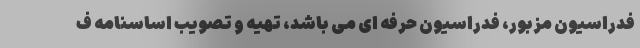
فدراسیون مزبور، فدراسیون حرفه ای می باشد، تهیه و تصویب اساسنامه ف